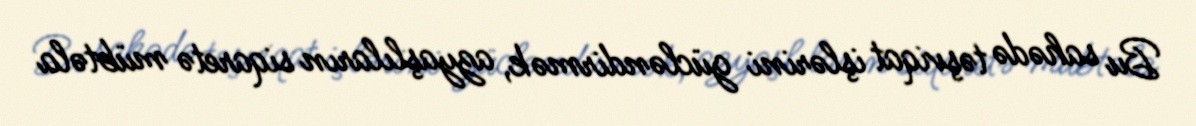
Bu sahədə təşviqat işlərini gücləndirmək, azyaşlıların siqaretə mübtəla